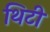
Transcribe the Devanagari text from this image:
थिटी